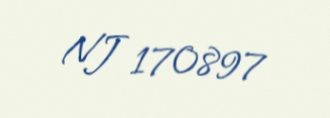
NJ 170897